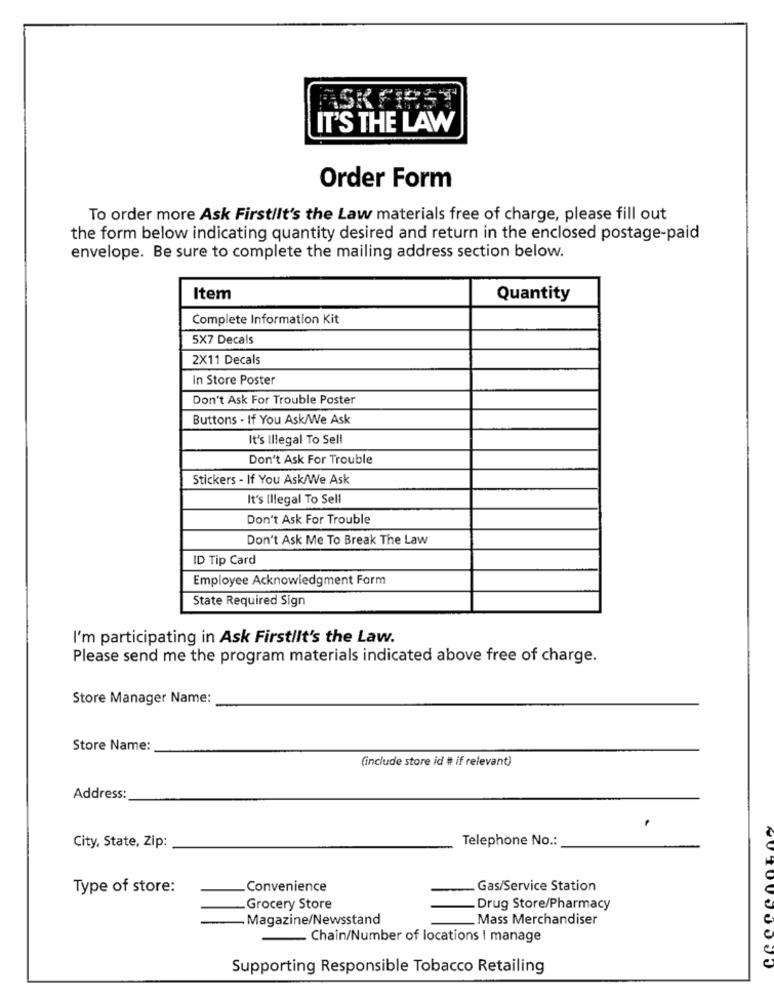
IT'S THE LAW
Order Form
To order more Ask Firstllt's the Law materials free of charge, please fill out
the form below indicating quantity desired and return in the enclosed postage-paid
envelope. Be sure to complete the mailing address section below.
Item
Quantity
Complete Information Kit
5X7 Decals
2X11 Decals
In Store Poster
Don't Ask For Trouble Poster
Buttons - If You Ask/We Ask
It's Illegal To Sell
Don't Ask For Trouble
Stickers - If You Ask/We Ask
It's Illegal To Sell
Don't Ask For Trouble
Don't Ask Me To Break The Law
ID Tip Card
Employee Acknowledgment Form
State Required Sign
I'm participating in Ask Firstlit's the Law.
Please send me the program materials indicated above free of charge.
Store Manager Name:
Store Name:
(include store id # if relevant)
Address:
.
Telephone No .:
City, State, Zip:
Type of store:
Convenience
Gas/Service Station
Grocery Store
Drug Store/Pharmacy
- Magazine/Newsstand
Mass Merchandiser
Chain/Number of locations | manage
Supporting Responsible Tobacco Retailing